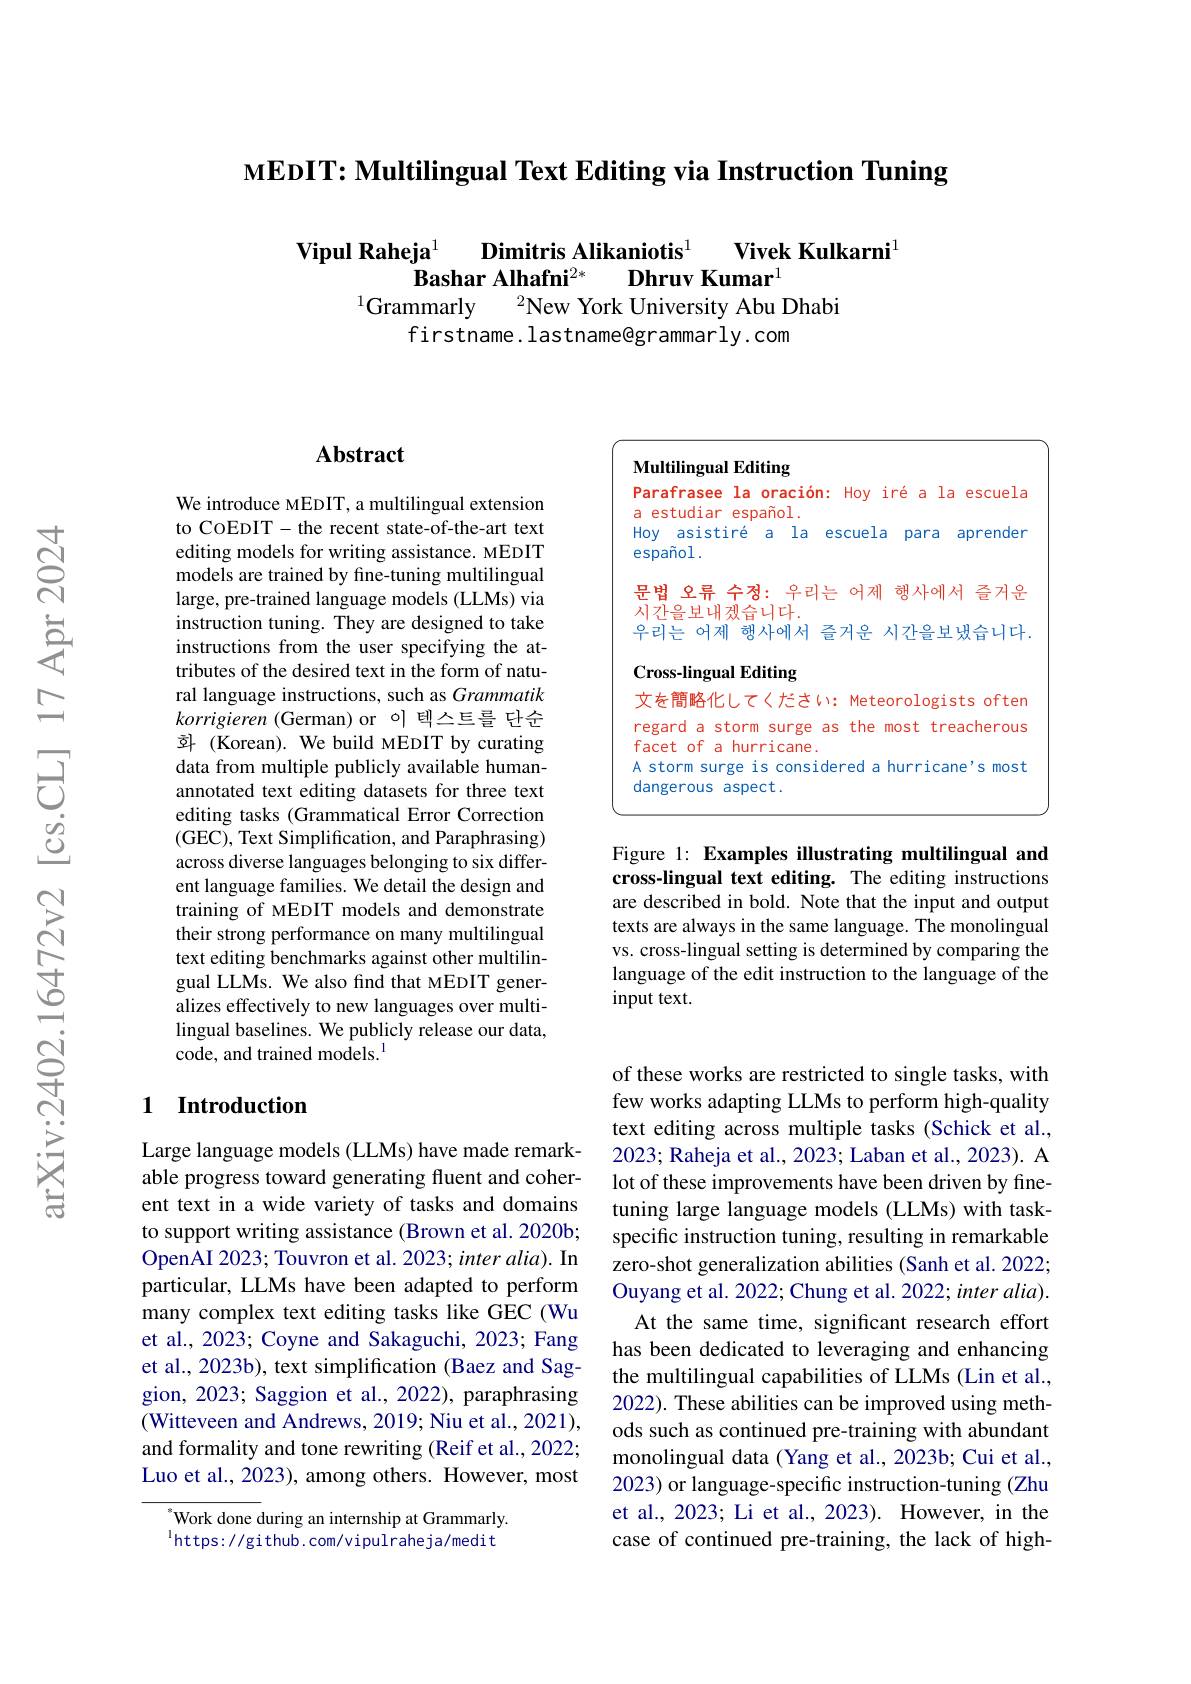
MEDIT: Multilingual Text Editing via Instruction Tuning

Dimitris Alikaniotis$^{1}$
Vivek Kulkarni$^{1}$
$\mathbf{Vipul}\textbf{Raheja}^{1}$
Bashar Alhafni$^{2*}$
Dhruv Kumar$^{1}$
$^{2}$New York University Abu Dhabi
$^{1}$Grammarly
firstname. lastname@grammarly. com

## Abstract

We introduce MEDIT, a multilingual extension to COEDIT- the recent state-of-the-art text editing models for writing assistance. MEDIT models are trained by fine-tuning multilingual large, pre-trained language models (LLMs) via instruction tuning. They are designed to take instructions from the user specifying the attributes of the desired text in the form of natural language instructions, such as Grammatik korrigieren (German) or 이 텍스트를 단순$\bar{\text{函(Korean). We build MEDIT by curating}}$ data from multiple publicly available humanannotated text editing datasets for three text editing tasks (Grammatical Error Correction (GEC), Text Simplification, and Paraphrasing) across diverse languages belonging to six different language families. We detail the design and training of MEDIT models and demonstrate their strong performance on many multilingual text editing benchmarks against other multilingual LLMs. We also find that MEDIT generalizes effectively to new languages over multilingual baselines. We publicly release our data, code, and trained models.$^{\mathrm{l}}$

## 1 Introduction

Large language models (LLMs) have made remarkable progress toward generating fluent and coherent text in a wide variety of tasks and domains to support writing assistance (Brown et al. 2020b; OpenAI 2023; Touvron et al. 2023; inter alia). In particular, LLMs have been adapted to perform many complex text editing tasks like GEC (Wu et al., 2023; Coyne and Sakaguchi, 2023; Fang et al., 2023b), text simplification (Baez and Saggion, 2023; Saggion et al., 2022), paraphrasing (Witteveen and Andrews, 2019; Niu et al., 2021), and formality and tone rewriting (Reif et al., 2022; Luo et al., 2023), among others. However, most

Work done during an internship at Grammarly. $^{\mathrm{l}}$https://github.com/vipulraheja/medit

Multilingual Editing
Parafrasee la oración: Hoy iré a la escuela
a estudiar español .
Hoy asistiré a la escuela para aprender
español .
문법 오류 수정: 우리는 어제 행사에서 즐거운
시간을보내겠습니다.
우리는 어제 해사에서 즐거운 시간을보냈습니다.
Cross-lingual Editing
文を簡略化してください: Meteorologists often regard a storm surge as the most treacherous facet of a hurricane.
A storm surge is considered a hurricane's most
dangerous aspect.

Figure 1: Examples illustrating multilingual and cross-lingual text editing. The editing instructions are described in bold. Note that the input and output texts are always in the same language. The monolingual vs. cross-lingual setting is determined by comparing the language of the edit instruction to the language of the input text.

of these works are restricted to single tasks, with few works adapting LLMs to perform high-quality text editing across multiple tasks (Schick et al., 2023; Raheja et al., 2023; Laban et al., 2023). A lot of these improvements have been driven by finetuning large language models (LLMs) with taskspecific instruction tuning, resulting in remarkable zero-shot generalization abilities (Sanh et al. 2022; Ouyang et al. 2022; Chung et al. 2022; inter alia).
At the same time, significant research effort has been dedicated to leveraging and enhancing the multilingual capabilities of LLMs (Lin et al., 2022). These abilities can be improved using methods such as continued pre-training with abundant monolingual data (Yang et al., 2023b; Cui et al., 2023) or language-specific instruction-tuning (Zhu et al., 2023; Li et al., 2023). However, in the case of continued pre-training, the lack of high-